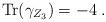
LaTeX: \begin{align*}{\rm Tr}(\gamma_{Z_3}) = -4\;.\end{align*}